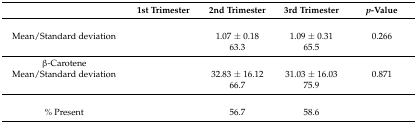
<table><thead><tr><td>[EMPTY_CELL]</td><td><b>1st Trimester</b></td><td><b>2nd Trimester</b></td><td><b>3rd Trimester</b></td><td><b><i>p</i>-Value</b></td></tr></thead><tbody><tr><td>[EMPTY_CELL]</td><td>[EMPTY_CELL]</td><td>[EMPTY_CELL]</td><td>[EMPTY_CELL]</td><td>[EMPTY_CELL]</td></tr><tr><td>Mean/Standard deviation</td><td>[EMPTY_CELL]</td><td>1.07 ± 0.18</td><td>1.09 ± 0.31</td><td>0.266</td></tr><tr><td>[EMPTY_CELL]</td><td>[EMPTY_CELL]</td><td>63.3</td><td>65.5</td><td>[EMPTY_CELL]</td></tr><tr><td>β-Carotene</td><td>[EMPTY_CELL]</td><td>[EMPTY_CELL]</td><td>[EMPTY_CELL]</td><td>[EMPTY_CELL]</td></tr><tr><td>Mean/Standard deviation</td><td>[EMPTY_CELL]</td><td>32.83 ± 16.12</td><td>31.03 ± 16.03</td><td>0.871</td></tr><tr><td>[EMPTY_CELL]</td><td>[EMPTY_CELL]</td><td>66.7</td><td>75.9</td><td>[EMPTY_CELL]</td></tr><tr><td>[EMPTY_CELL]</td><td>[EMPTY_CELL]</td><td>[EMPTY_CELL]</td><td>[EMPTY_CELL]</td><td>[EMPTY_CELL]</td></tr><tr><td>% Present</td><td>[EMPTY_CELL]</td><td>56.7</td><td>58.6</td><td>[EMPTY_CELL]</td></tr></tbody></table>